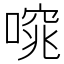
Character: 𠻩